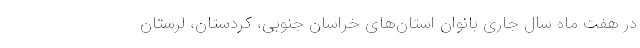
در هفت ماه سال جاری بانوان استان‌های خراسان جنوبی، کردستان، لرستان